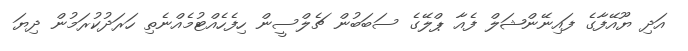
އަދި ޔޫއޭފާގެ ފައިނޭންޝަލް ފެއާ ޕްލޭގެ ސަބަބުން ޗެލްސީން ހިފެހެއްޓުމެއްނެތި ހަރަދުކުރަމުން ދިޔަ